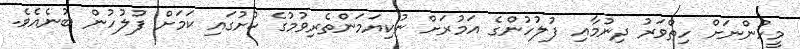
މީހުންނަށް ހިތްވަރު ދިނުމާއި ފުލުހުންގެ އަމުރަށް ނުކިޔަމަންތެރިވުމުގެ ކުށުގައި ކަމަށް ފުލުހުން ބުނެއެވެ.